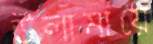
উলামায়ে